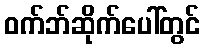
ဝက်ဘ်ဆိုက်ပေါ်တွင်